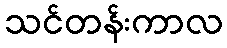
သင်တန်းကာလ